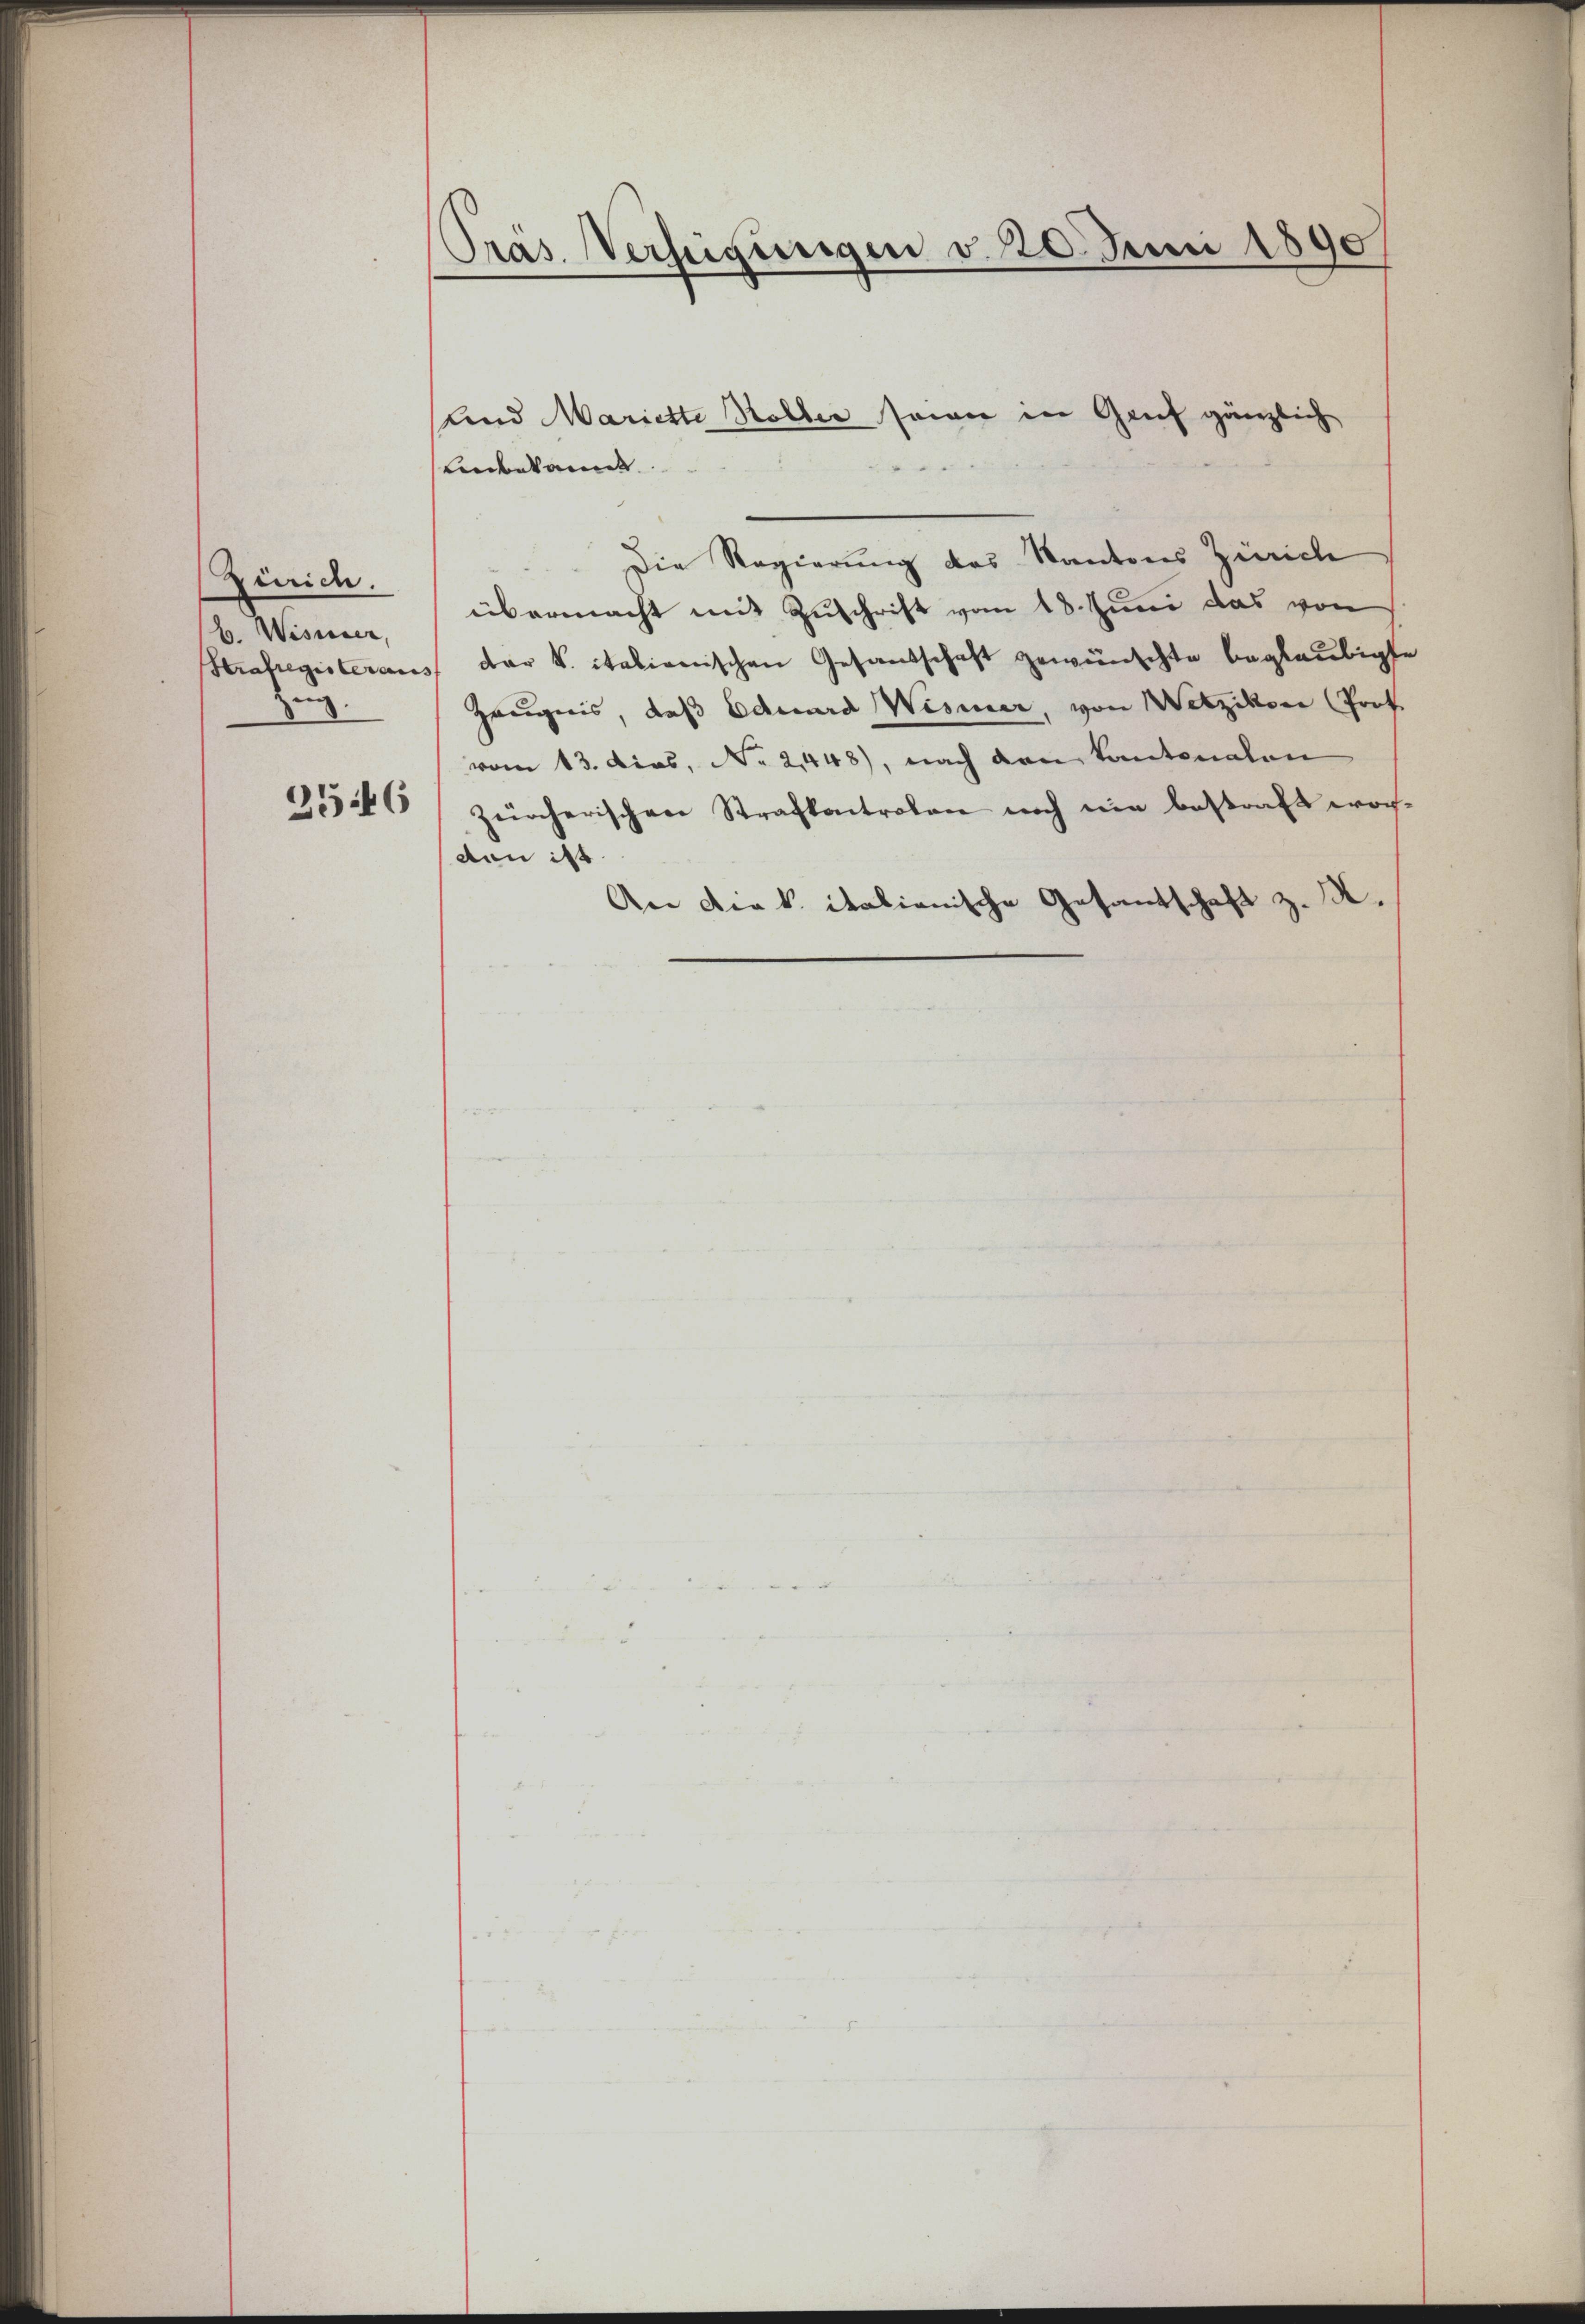
Zürich.
b. Wisnier,
.

2546

Präs. Verfügungen v. 20. Juni 1890

Linbekannt

Die Regierung des Kantons Zürich
übermacht mit Zuschrift vom 18. Juni das von
Strafregisteraus der k. italienischen Gesandschaft gewünschte beglaubigte
Zeugnis, daß Eduard Wismer, von Wetzikon (Prof.
vom 13. dies, No 2,448), nach den Kantonalen
zürcherischen Strafkontrolen noch ein bestraft worden ist.
An die k. italienische Gesantschaft z. R.

und Mariette Koller seiner in Grif gänzlich